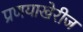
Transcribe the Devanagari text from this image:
प्रणयाखेरीज